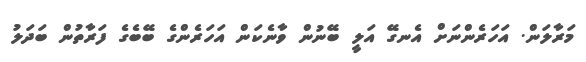
މަރާލަން. އަހަރެންނަށް އެނގޭ އަލީ ބޭނުން ވާނެކަން އަހަރެންގެ ބޭބެގެ ފަރާތުން ބަދަލު